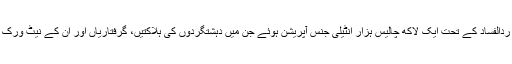
تین سال میں ردالفساد کے تحت ایک لاکھ چالیس ہزار انٹیلی جنس آپریشن ہوئے جن میں دہشتگردوں کی ہلاکتیں، گرفتاریاں اور ان کے نیٹ ورک پکڑے گئے۔